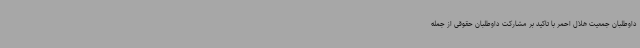
داوطلبان جمعیت هلال احمر با تاکید بر مشارکت داوطلبان حقوقی از جمله